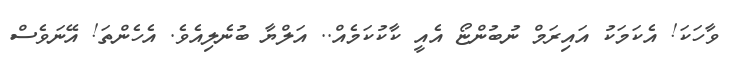
ވާހަކަ! އެކަމަކު އައިރަމް ނުބުންޏޯ އެއީ ކާކުކަމެއް.. އަލްޔާ ބުނެލިއެވެ. އެހެންތަ! އޭނަވެސް